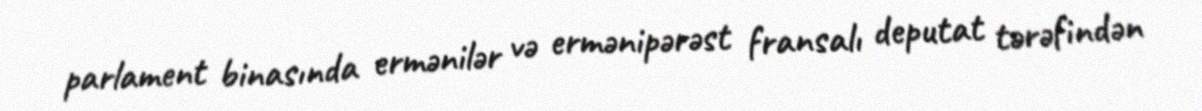
parlament binasında ermənilər və ermənipərəst fransalı deputat tərəfindən